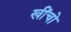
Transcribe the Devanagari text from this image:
खींचो